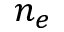
n _ { e }